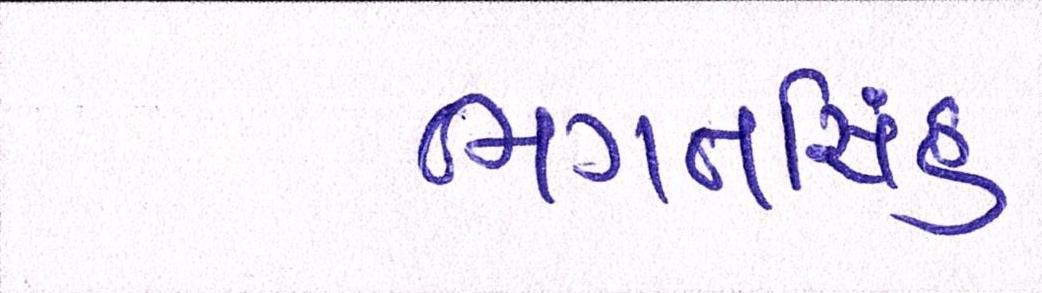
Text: ભગતસિંહ